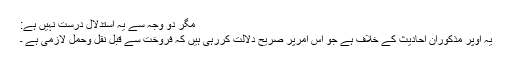
مگر دو وجہ سے یہ استدلال درست نہیں ہے:
یہ اوپر مذکوران احادیث کے خلاف ہے جو اس امرپر صریح دلالت کررہی ہیں کہ فروخت سے قبل نقل وحمل لازمی ہے ۔